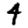
Digit: 4